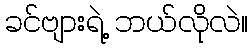
ခင်ဗျားရဲ့ ဘယ်လိုလဲ။